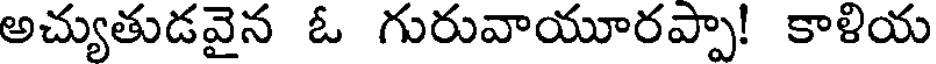
అచ్యుతుడవైన ఓ గురువాయూరప్పా! కాళియ